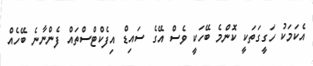
އެކަމަކު ހަގީގަތަކީ ކޮންމެ ބޭހަކީ ވެސް އޭގެ ސައިޑް އިފެކްޓްސްތައް ފެންނާނެ ބޭހެއް